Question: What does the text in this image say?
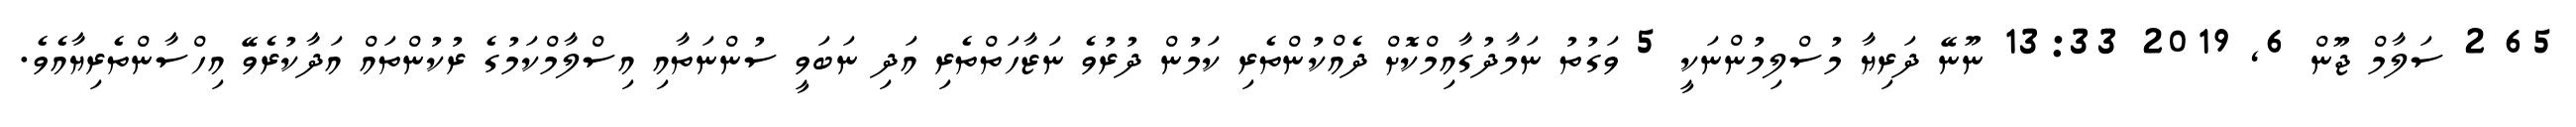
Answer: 65 2 ސަލާމް ޖޫން 6, 2019 13:33 ނޫނޭ ދަރިޔާ މުސްލިމުންނަކީ 5 ވަގުތު ނަމާދުގާއިމްކޮށް ދެއްކުންތެރި ކަމުން ދުރުވެ ނަޒާހަތްތެރި އަދި ނަބަވީ ސުންނަތާއި އިސްލާމްކަމުގެ ރުކުންތައް އަދާކުރެވޭ އިހްސާންތެރިޔާއެވެ.